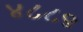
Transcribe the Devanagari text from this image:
४८८९